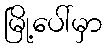
မြို့ပေါ်မှာ